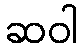
ဆဝါ